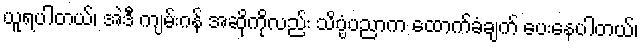
ယူရပါတယ်၊ အဲဒီ ကျမ်းဂန် အဆိုကိုလည်း သိပ္ပံပညာက ထောက်ခံချက် ပေးနေပါတယ်၊